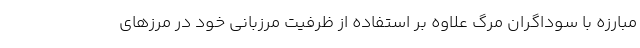
مبارزه با سوداگران مرگ علاوه بر استفاده از ظرفیت مرزبانی خود در مرزهای